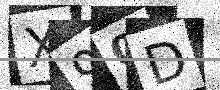
Text: X90D